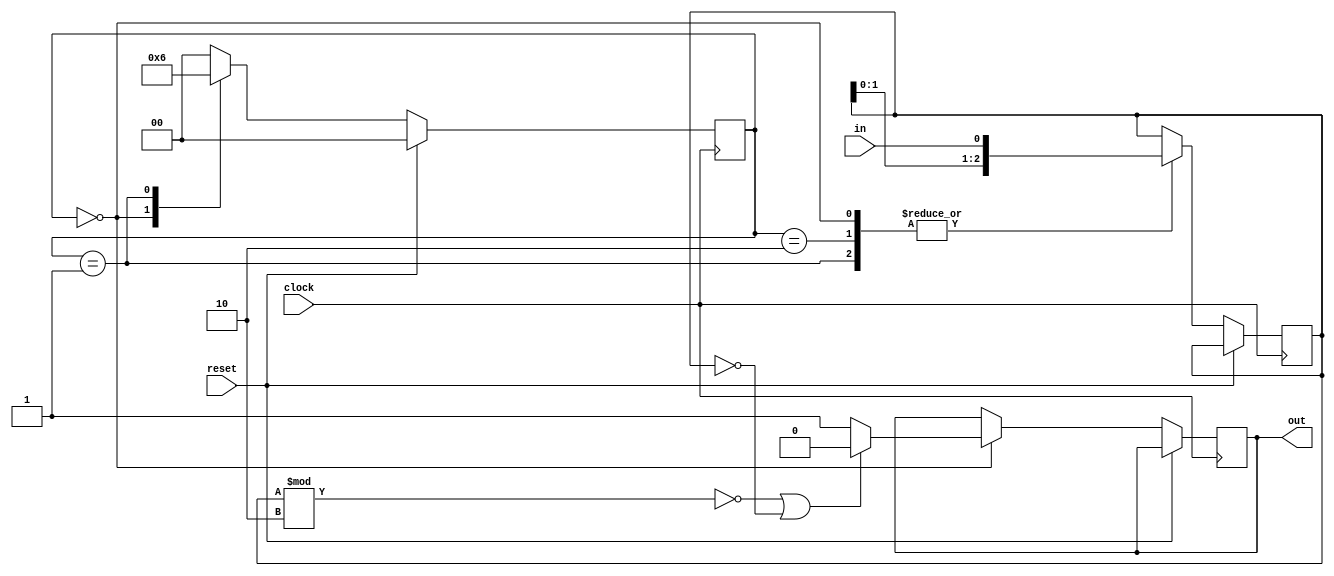
module fsm
 (
     input clock,
     input reset,
     output reg out,
     input in
 );

    reg [1:0] state;
    reg [2:0] bit_shift_reg;

    parameter [1:0] S0 = 2'd0;
    parameter [1:0] S1 = 2'd1;
    parameter [3:0] S2 = 2'd2;

    always @ (posedge(clock))
    if (reset)
        state <= S0;
    else
        begin
            case (state)
            S0:
                begin
                    bit_shift_reg <= {bit_shift_reg[1:0], in};
                    state <= S1;
                    if (bit_shift_reg % 2 == 0 || bit_shift_reg == 0)
                        out <= 0;
                    else
                        out <= 1;
                end
            S1:
                begin
                    bit_shift_reg <= {bit_shift_reg[1:0], in};
                    state <= S2;
                end
            S2:
                begin
                    bit_shift_reg <= {bit_shift_reg[1:0], in};
                    state <= S0;
                end    
            default:
                state <= S0; 
            endcase
        end    
endmodule